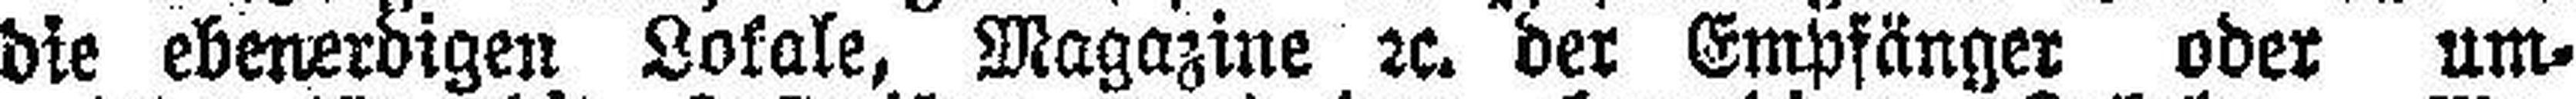
die ebenerdigen Lokale, Magazine rc. der Empfänger oder um¬